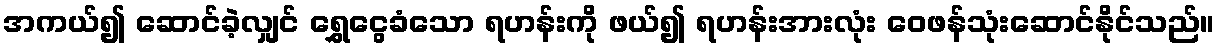
အကယ်၍ ဆောင်ခဲ့လျှင် ရွှေငွေခံသော ရဟန်းကို ဖယ်၍ ရဟန်းအားလုံး ဝေဖန်သုံးဆောင်နိုင်သည်။